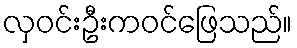
လှဝင်းဦးကဝင်ဖြေသည်။